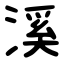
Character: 溪